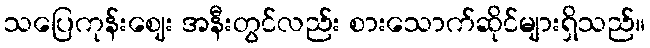
သပြေကုန်းဈေး အနီးတွင်လည်း စားသောက်ဆိုင်များရှိသည်။